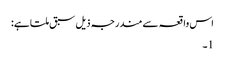
اس واقعہ سے مندرجہ ذیل سبق ملتا ہے:
1۔